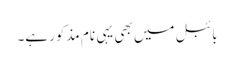
بائبل میں بھی یہی نام مذکور ہے۔